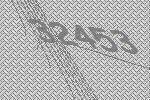
32453